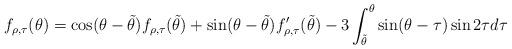
LaTeX: \begin{align*}f_{\rho,\tau} (\theta) = \cos (\theta- \tilde{\theta}) f_{\rho,\tau} (\tilde{\theta})+ \sin (\theta - \tilde{\theta})f_{\rho,\tau}' (\tilde{\theta})-3 \int_{\tilde{\theta}}^\theta \sin (\theta - \tau) \sin 2\tau d\tau\end{align*}